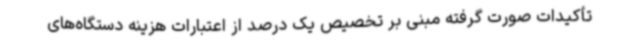
تأکیدات صورت گرفته مبنی بر تخصیص یک درصد از اعتبارات هزینه دستگاه‌های